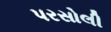
પરસોલી